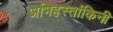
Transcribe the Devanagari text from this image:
अभिहस्तांकिनी